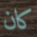
كان